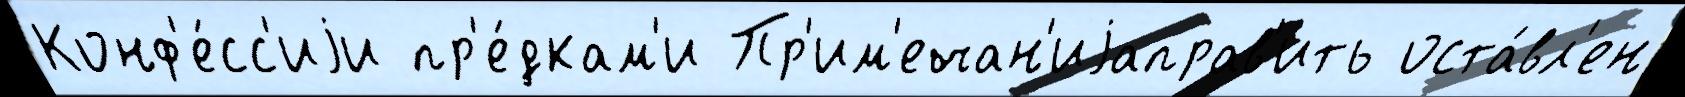
Конф'е́сс'иjи пр'е́дкам'и Пр'им'ечан'иjаправ'ить оста́вл'ен